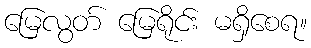
မြေလွတ် မြေရိုင်း မရှိစေရ။